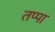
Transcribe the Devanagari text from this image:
तप्पा